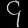
Digit: ၄